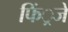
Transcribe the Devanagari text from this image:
फिं्रजें